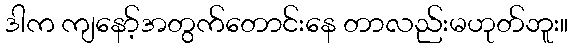
ဒါက ကျနော့်အတွက်တောင်းနေ တာလည်းမဟုတ်ဘူး။